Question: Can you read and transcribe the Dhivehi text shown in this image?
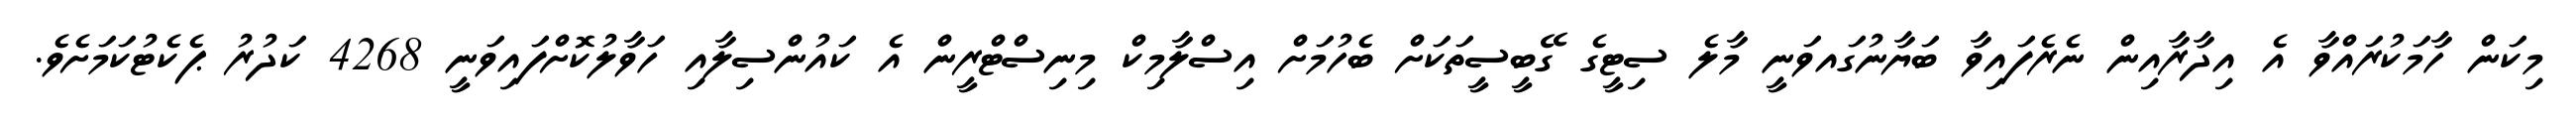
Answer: މިކަން ހާމަކުރައްވާ އެ އިދާރާއިން ނެރެފައިވާ ބަޔާނުގައވަނީ މާލެ ސިޓީގެ ގޭބީސީތަކަށް ބެހުމަށް އިސްލާމިކް މިނިސްޓްރީން އެ ކައުންސިލާއި ހަވާލުކޮށްފައިވަނީ 4268 ކަދުރު ޕެކެޓުކަމަށެވެ.